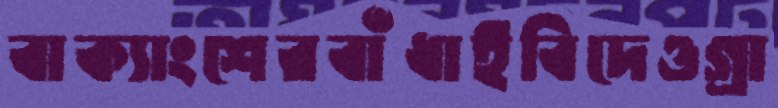
বাক্যাংশেরবাঁধাইবিদেওগ্রা